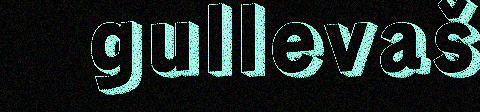
gullevaš